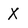
Character: Y